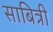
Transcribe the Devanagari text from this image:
साबित्री